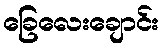
ခြေလေးချောင်း